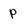
Character: p